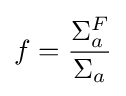
f={\frac {\Sigma _{a}^{F}}{\Sigma _{a}}}